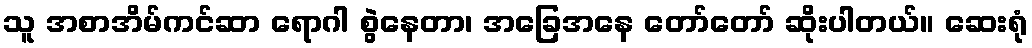
သူ အစာအိမ်ကင်ဆာ ရောဂါ စွဲနေတာ၊ အခြေအနေ တော်တော် ဆိုးပါတယ်။ ဆေးရုံ